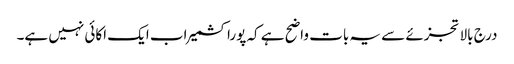
درج بالا تجزئے سے یہ بات واضح ہے کہ پوراکشمیر اب ایک اکائی نہیں ہے۔